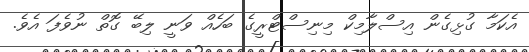
އެކަމާ ގުޅިގެން އިސްލާމިކް މިނިސްޓްރީގެ ބަހެއް ވަނީ ލިބޭ ގޮތް ނުވެފަ އެވެ.